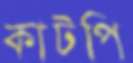
কাটপি